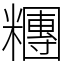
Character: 糰